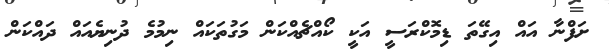
ށަފްނާ އައް އިގޭތަ ޑިމޮކްރަސީ އަކީ ކޯއްޗެއްކަން މަގުތަކައް ނިމުމެ ދުނިޔެއައް ދައްކަން